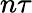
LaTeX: n\tau